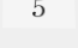
5